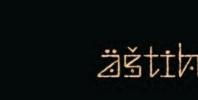
äštih